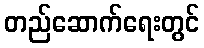
တည်ဆောက်ရေးတွင်